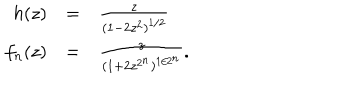
LaTeX: \begin{array} { r c l } { { h ( z ) } } & { { = } } & { { \frac { z } { ( 1 - 2 z ^ { 2 } ) ^ { 1 / 2 } } } } \\ { { f _ { n } ( z ) } } & { { = } } & { { \frac { z } { ( 1 + 2 z ^ { 2 ^ { n } } ) ^ { 1 / 2 ^ { n } } } . } } \\ \end{array}